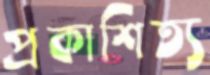
প্রকাশিত্য